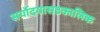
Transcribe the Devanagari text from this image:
सर्योदयासन्नकालिक